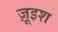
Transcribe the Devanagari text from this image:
ज़ूइश